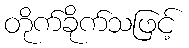
တိုက်ခိုက်သဖြင့်